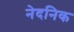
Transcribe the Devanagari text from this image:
नेदनिक